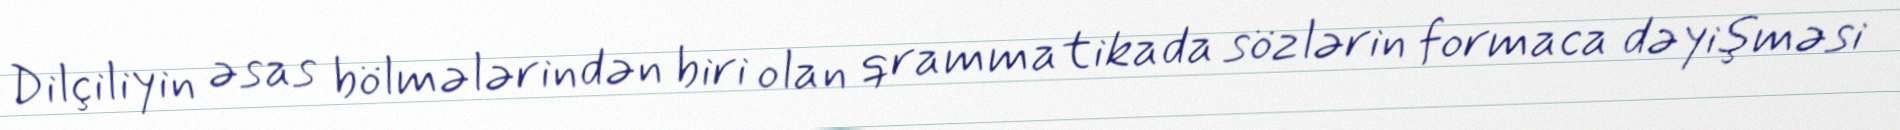
Dilçiliyin əsas bölmələrindən biri olan qrammatikada sözlərin formaca dəyişməsi